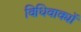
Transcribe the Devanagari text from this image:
विधिवाक्यों